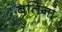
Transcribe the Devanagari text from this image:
बतिना